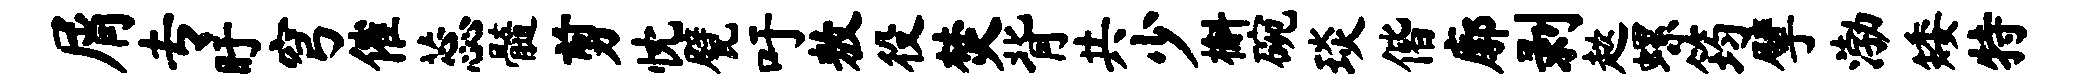
屑专盱穹催蕊髓剪忱甓吁敖役焚背共少槲碗琰偕廓剥趑螺筠擘渤矮特